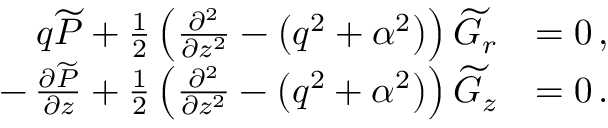
\begin{array} { r l } { q \widetilde { P } + \frac { 1 } { 2 } \left( \frac { \partial ^ { 2 } } { \partial z ^ { 2 } } - \left( q ^ { 2 } + \alpha ^ { 2 } \right) \right) \widetilde { G } _ { r } } & { = 0 \, , } \\ { - \, \frac { \partial \widetilde { P } } { \partial z } + \frac { 1 } { 2 } \left( \frac { \partial ^ { 2 } } { \partial z ^ { 2 } } - \left( q ^ { 2 } + \alpha ^ { 2 } \right) \right) \widetilde { G } _ { z } } & { = 0 \, . } \end{array}